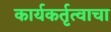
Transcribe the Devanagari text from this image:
कार्यकर्तृत्वाचा